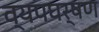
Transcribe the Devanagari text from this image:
व्यपघर्षण